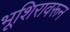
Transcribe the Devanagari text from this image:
भूशिरावरून